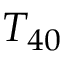
T _ { 4 0 }